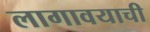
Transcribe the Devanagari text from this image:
लागावयाची